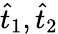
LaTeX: \widehat{t}_{1},\widehat{t}_{2}